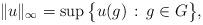
LaTeX: \begin{align*}\|u\|_\infty = \sup\big\{ u(g) \, : \, g \in G \big\},\end{align*}